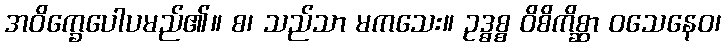
အဝိက္ခေပေါပမည်၏။ စ၊ သည်သာ မကသေး။ ဥဒ္ဓစ္စ ဝိစိကိစ္ဆာ ဝသေနေဝ၊